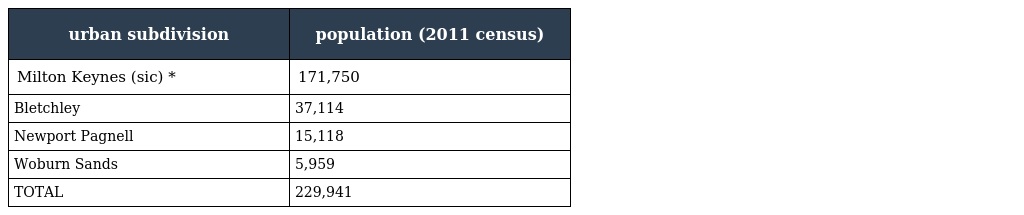
| urban subdivision | population (2011 census) |
 | --- | --- |
 | Milton Keynes (sic) * | 171,750 |
 | Bletchley | 37,114 |
 | Newport Pagnell | 15,118 |
 | Woburn Sands | 5,959 |
 | TOTAL | 229,941 |